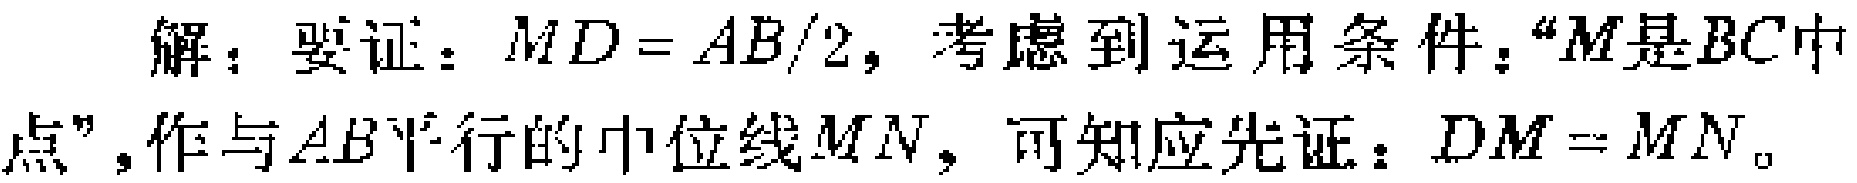
解：要证：\(MD = AB/2\)，考虑到运用条件：“\(M\)是\(BC\)中

点”，作与\(AB\)平行的中位线\(MN\)，可知应先证：\(DM = MN\)。